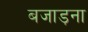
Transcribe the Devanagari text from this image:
बजाड़ना